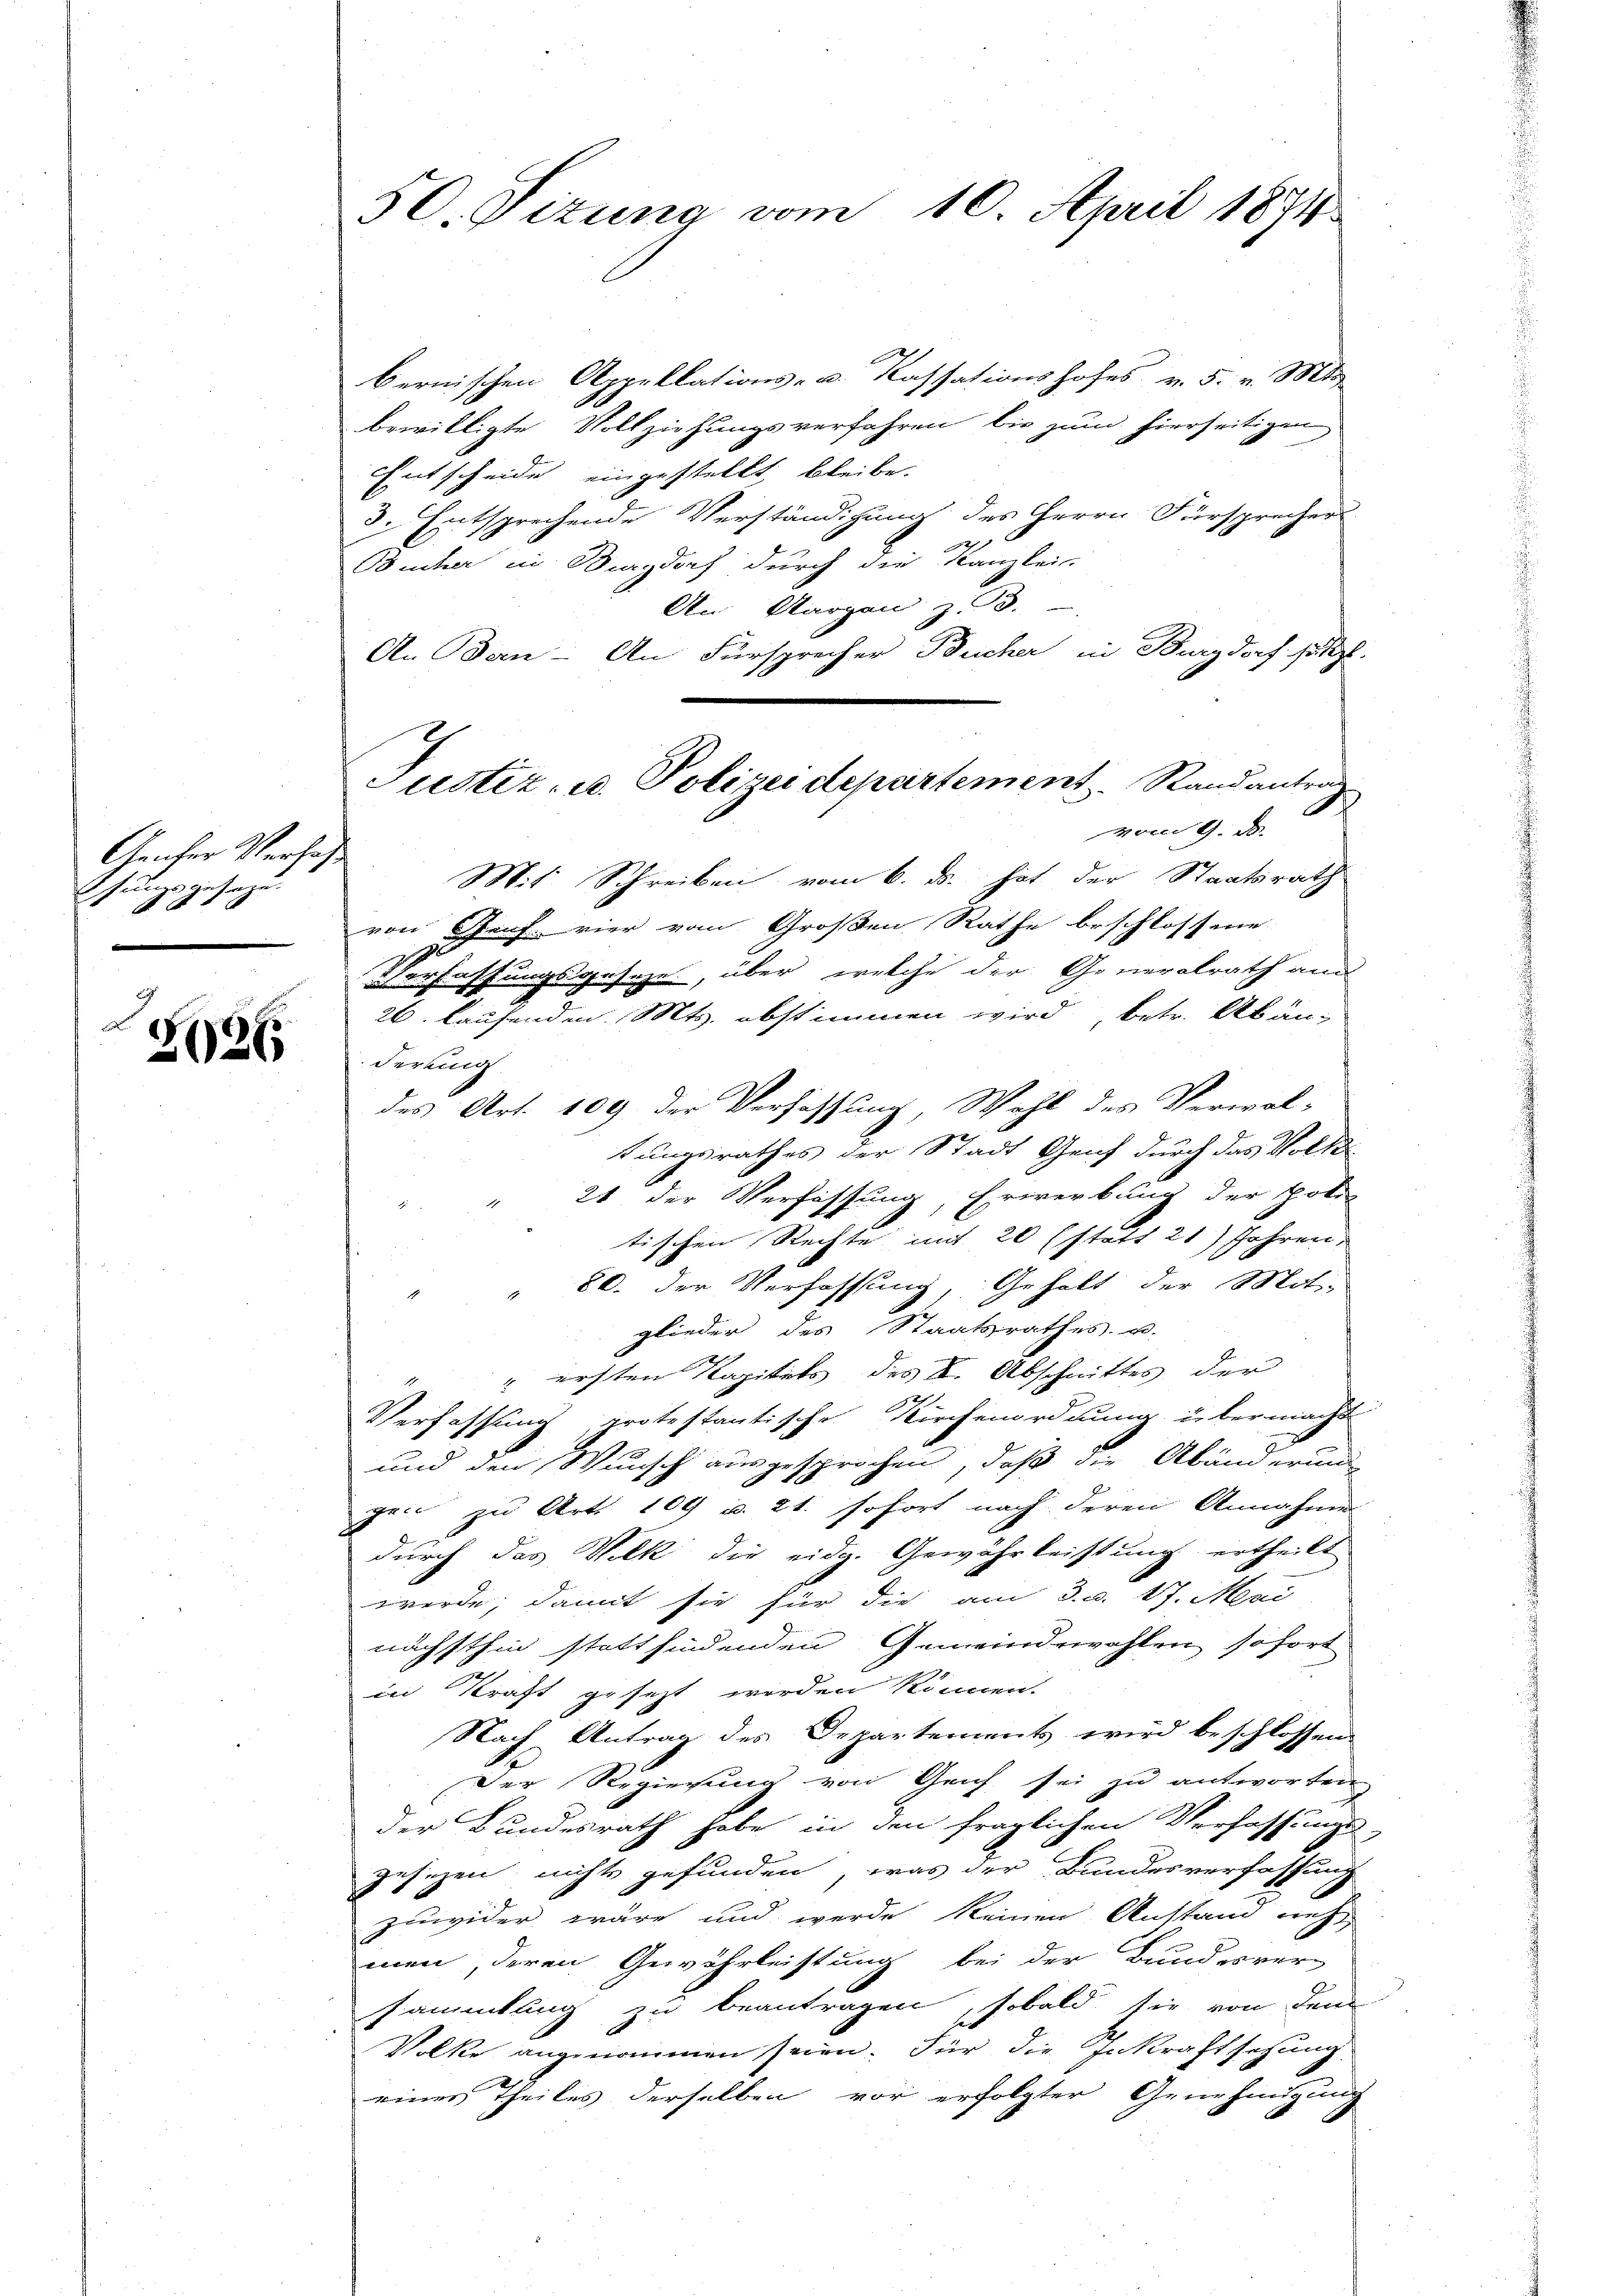
Geicher Verfaß
felle
ge gesage.
b

2026

50. Sizung vom 10. April 1874

A
bernischen Appellations- u. Kassationshofes v. 5. v. Mts.
bewilligte Vollziehungsverfahren bis zum hierseitigen
Entscheide eingestellt bleibe.
3. Entsprechende Verständigung des Herrn Fürsprecher
Bucher in Burgdorf durch die Kanzlei-
An Aargau z.B.
An Bern - An Fürsprecher Bucher in Burgdorf sitzt.
vom 9. d.
Mit Schreiben vom 6. ds. hat der Staatsrath
von Graf vier vom Großen Rathe beschlossene
.
erfassungsgeseze, über erreche der Generalrath and
26 lausenden. Mts. abstimmen wird betr. Abänderkung
des Art. 109 der Verfassung, Wahl des Verwal-
tungsrathes der Stadt Genf durch das Volk
21 der Verfassung, Erwerbung der poli
tischen Rechte mit 20 (statt 21 Jahren.
" 80. Der Verfassung Gehalt der Mit-
glieder des Staatsrathes u.
" ersten Kapitels des L. Abschnittes der
Verfassung protestantische Kirchenordnung übermacht
und den Wunsch ausgesprochen, daß die Abänderung
gen zu Art. 109 u. 21. sofort nach deren Annahme
durch das Volk die eidg. Gewährleistung ertheilt.
werde, damit sie für die am 3. d. 17. Mai
nächsthin stattfindenden Gemeindewahlen sofort
in Kraft gesezt worden können.
Nach Antrag des Departements wird beschlossen
Der Regierung von Geich sei zu antworten
der Bundesrath habe in den fraglichen Verfassungs-
gesezen nichts gefunden, was der Bundesverfassung
zuwider wäre und werde keinen Anstand nett
men, deren Gewährleistung bei der Bundesver-
sammlung zu beantragen, sobald sie von dem
Volke angenommen seien. Für die Inkraftsetzung
einer Theiles derselben vor erfolgter Genehmigung

Justiz- u. Polizei departement. Randantrag